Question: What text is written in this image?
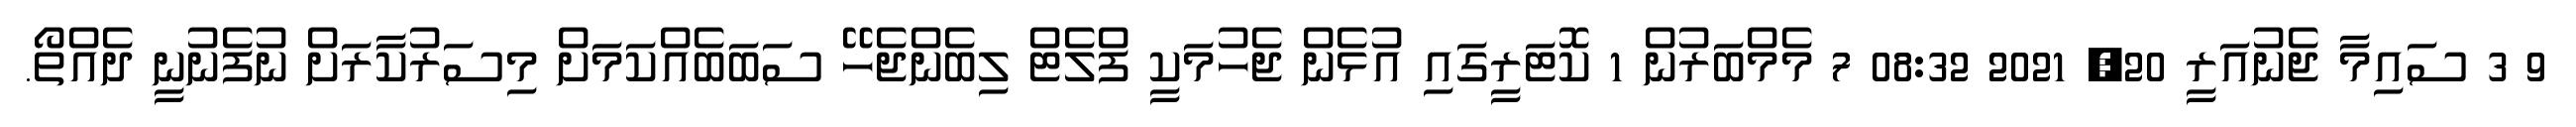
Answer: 9 3 ސައިމާ ޖެނުއަރީ 20, 2021 08:32 7 މެމްބަރުން 1 ކޮޓަރީގައި އުޅެން ޖެހުމަކީ ފްލެޓް ލިބެންޖެހޭ ސަބަބެއްކަމަށް މިސަރުކާރަށް ނުފެނުނީ ދެއްތޯ.